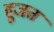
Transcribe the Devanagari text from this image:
हूजत